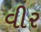
વીર